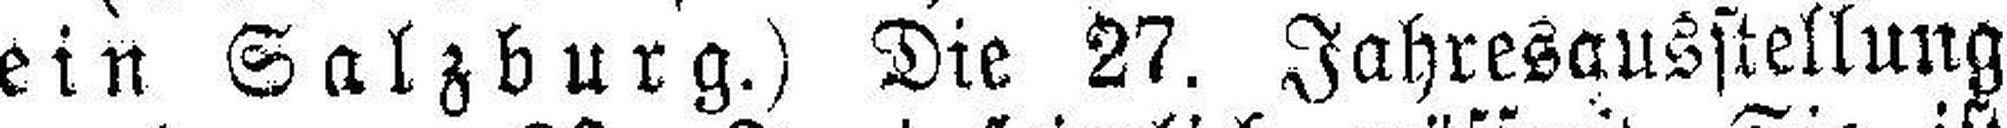
ein Salzburg.) Die 27. Jahresausstellung